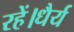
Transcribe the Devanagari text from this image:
रहें।धैर्य